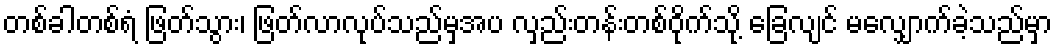
တစ်ခါတစ်ရံ ဖြတ်သွား၊ ဖြတ်လာလုပ်သည်မှအပ လှည်းတန်းတစ်ဝိုက်သို့ ခြေလျင် မလျှောက်ခဲ့သည်မှာ